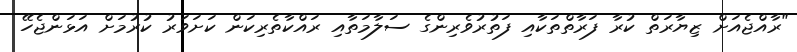
"ރާއްޖެއަށް ޒިޔާރަތް ކުރާ ފަރާތްތަކާއި ފަތުރުވެރިންގެ ސަލާމަތާއި ރައްކާތެރިކަން ކަށަވަރު ކުރުމަށް އަޅަންޖެހޭ